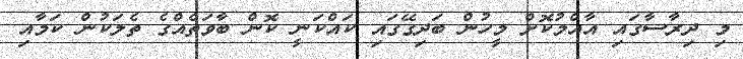
މި ދިރާސާގައި އާއްމުކޮށް މީހުން ބަދިގޭގައި ކައްކަނީ ކޮން ބާވަތެއްގެ ތެލަކުން ކަމާއި